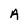
Character: A